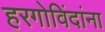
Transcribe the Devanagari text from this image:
हरगोविंदांना